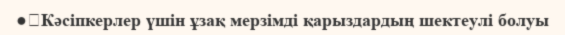
●	Кәсіпкерлер үшін ұзақ мерзімді қарыздардың шектеулі болуы